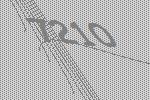
7210